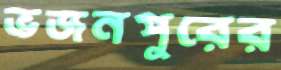
ভজনপুরের